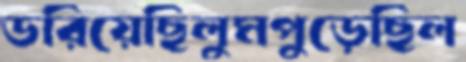
ডরিয়েছিলুমপুড়েছিল